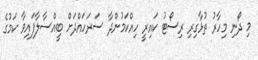
މި ދޯނި މިހާރު ތުޅާގިރި ރިސޯޓު ކައިރީ ހިއްކަމުންދާ ސަރަހައްދަށް ބީއްސާލާފައިވާ ކަމުގެ